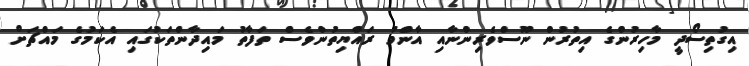
އިގުތިސޯދީ މާހިރުންގެ އިތުރުން ނޫސްވެރިންނާއި އާންމު ރައްޔިތުންވެސް ތަފާތު މައިދާންތަކުގައި އެކަމުގެ މައްޗަށް